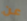
عن